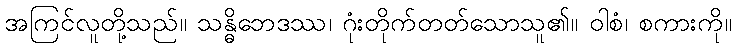
အကြင်လူတို့သည်။ သန္ဓိဘေဒဿ၊ ဂုံးတိုက်တတ်သောသူ၏။ ဝါစံ၊ စကားကို။